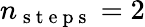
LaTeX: n_{\mathrm{~s~t~e~p~s~}}=2